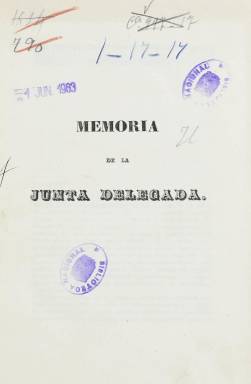
Título: Memoria de la Junta Delegada
Colección: Anuarios e informes
Ámbito geográfico: Madrid
Lugar de publicación: Madrid
Fechas: 01/01/1840-31/12/1843

Falta 1841